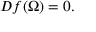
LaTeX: D f ( \Omega ) = 0 .